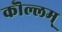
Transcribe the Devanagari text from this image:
कॊल्लम्